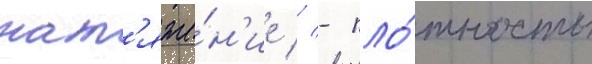
нат'яже́н'ие // - пло́тность